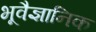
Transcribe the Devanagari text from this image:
भूवैज्ञानिक